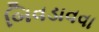
બિવડાવવા